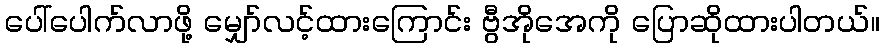
ပေါ်ပေါက်လာဖို့ မျှော်လင့်ထားကြောင်း ဗွီအိုအေကို ပြောဆိုထားပါတယ်။